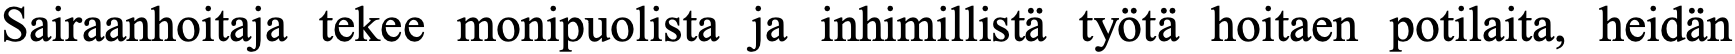
Sairaanhoitaja tekee monipuolista ja inhimillistä työtä hoitaen potilaita, heidän